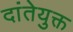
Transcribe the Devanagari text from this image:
दांतेयुक्त